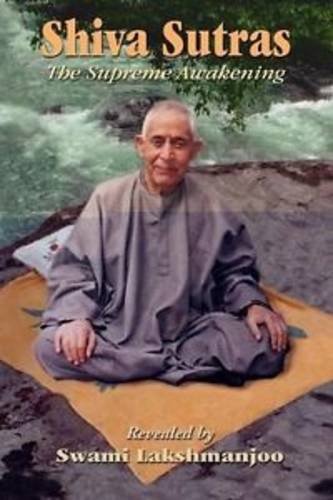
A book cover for Siva Sutras The Supreme Awakening; Swami Lakshmanjoo; Religion & Spirituality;